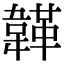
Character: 韚